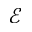
\mathcal E